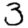
Digit: 3